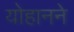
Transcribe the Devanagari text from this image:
योहानने